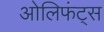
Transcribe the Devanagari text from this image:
ओलिफंट्स